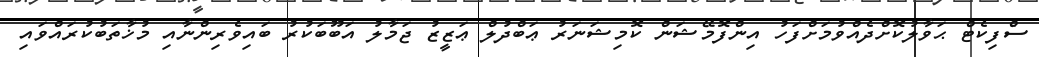
ސެްފިކެޓް ޙަވާލުކޮށްދެއްވުމަށްފަހު އިންފޮމޭޝަން ކޮމިޝަނަރު ޢަބްދުލް ޢަޒީޒު ޖަމާލު އަބޫބަކުރު ބައިވެރިންނާއި މުޚާތަބުކުރައްވައި